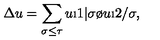
\Delta u = \sum _ { \sigma \leq \tau } u \i 1 | \sigma \o u \i 2 / \sigma ,